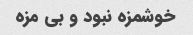
خوشمزه نبود و بی مزه